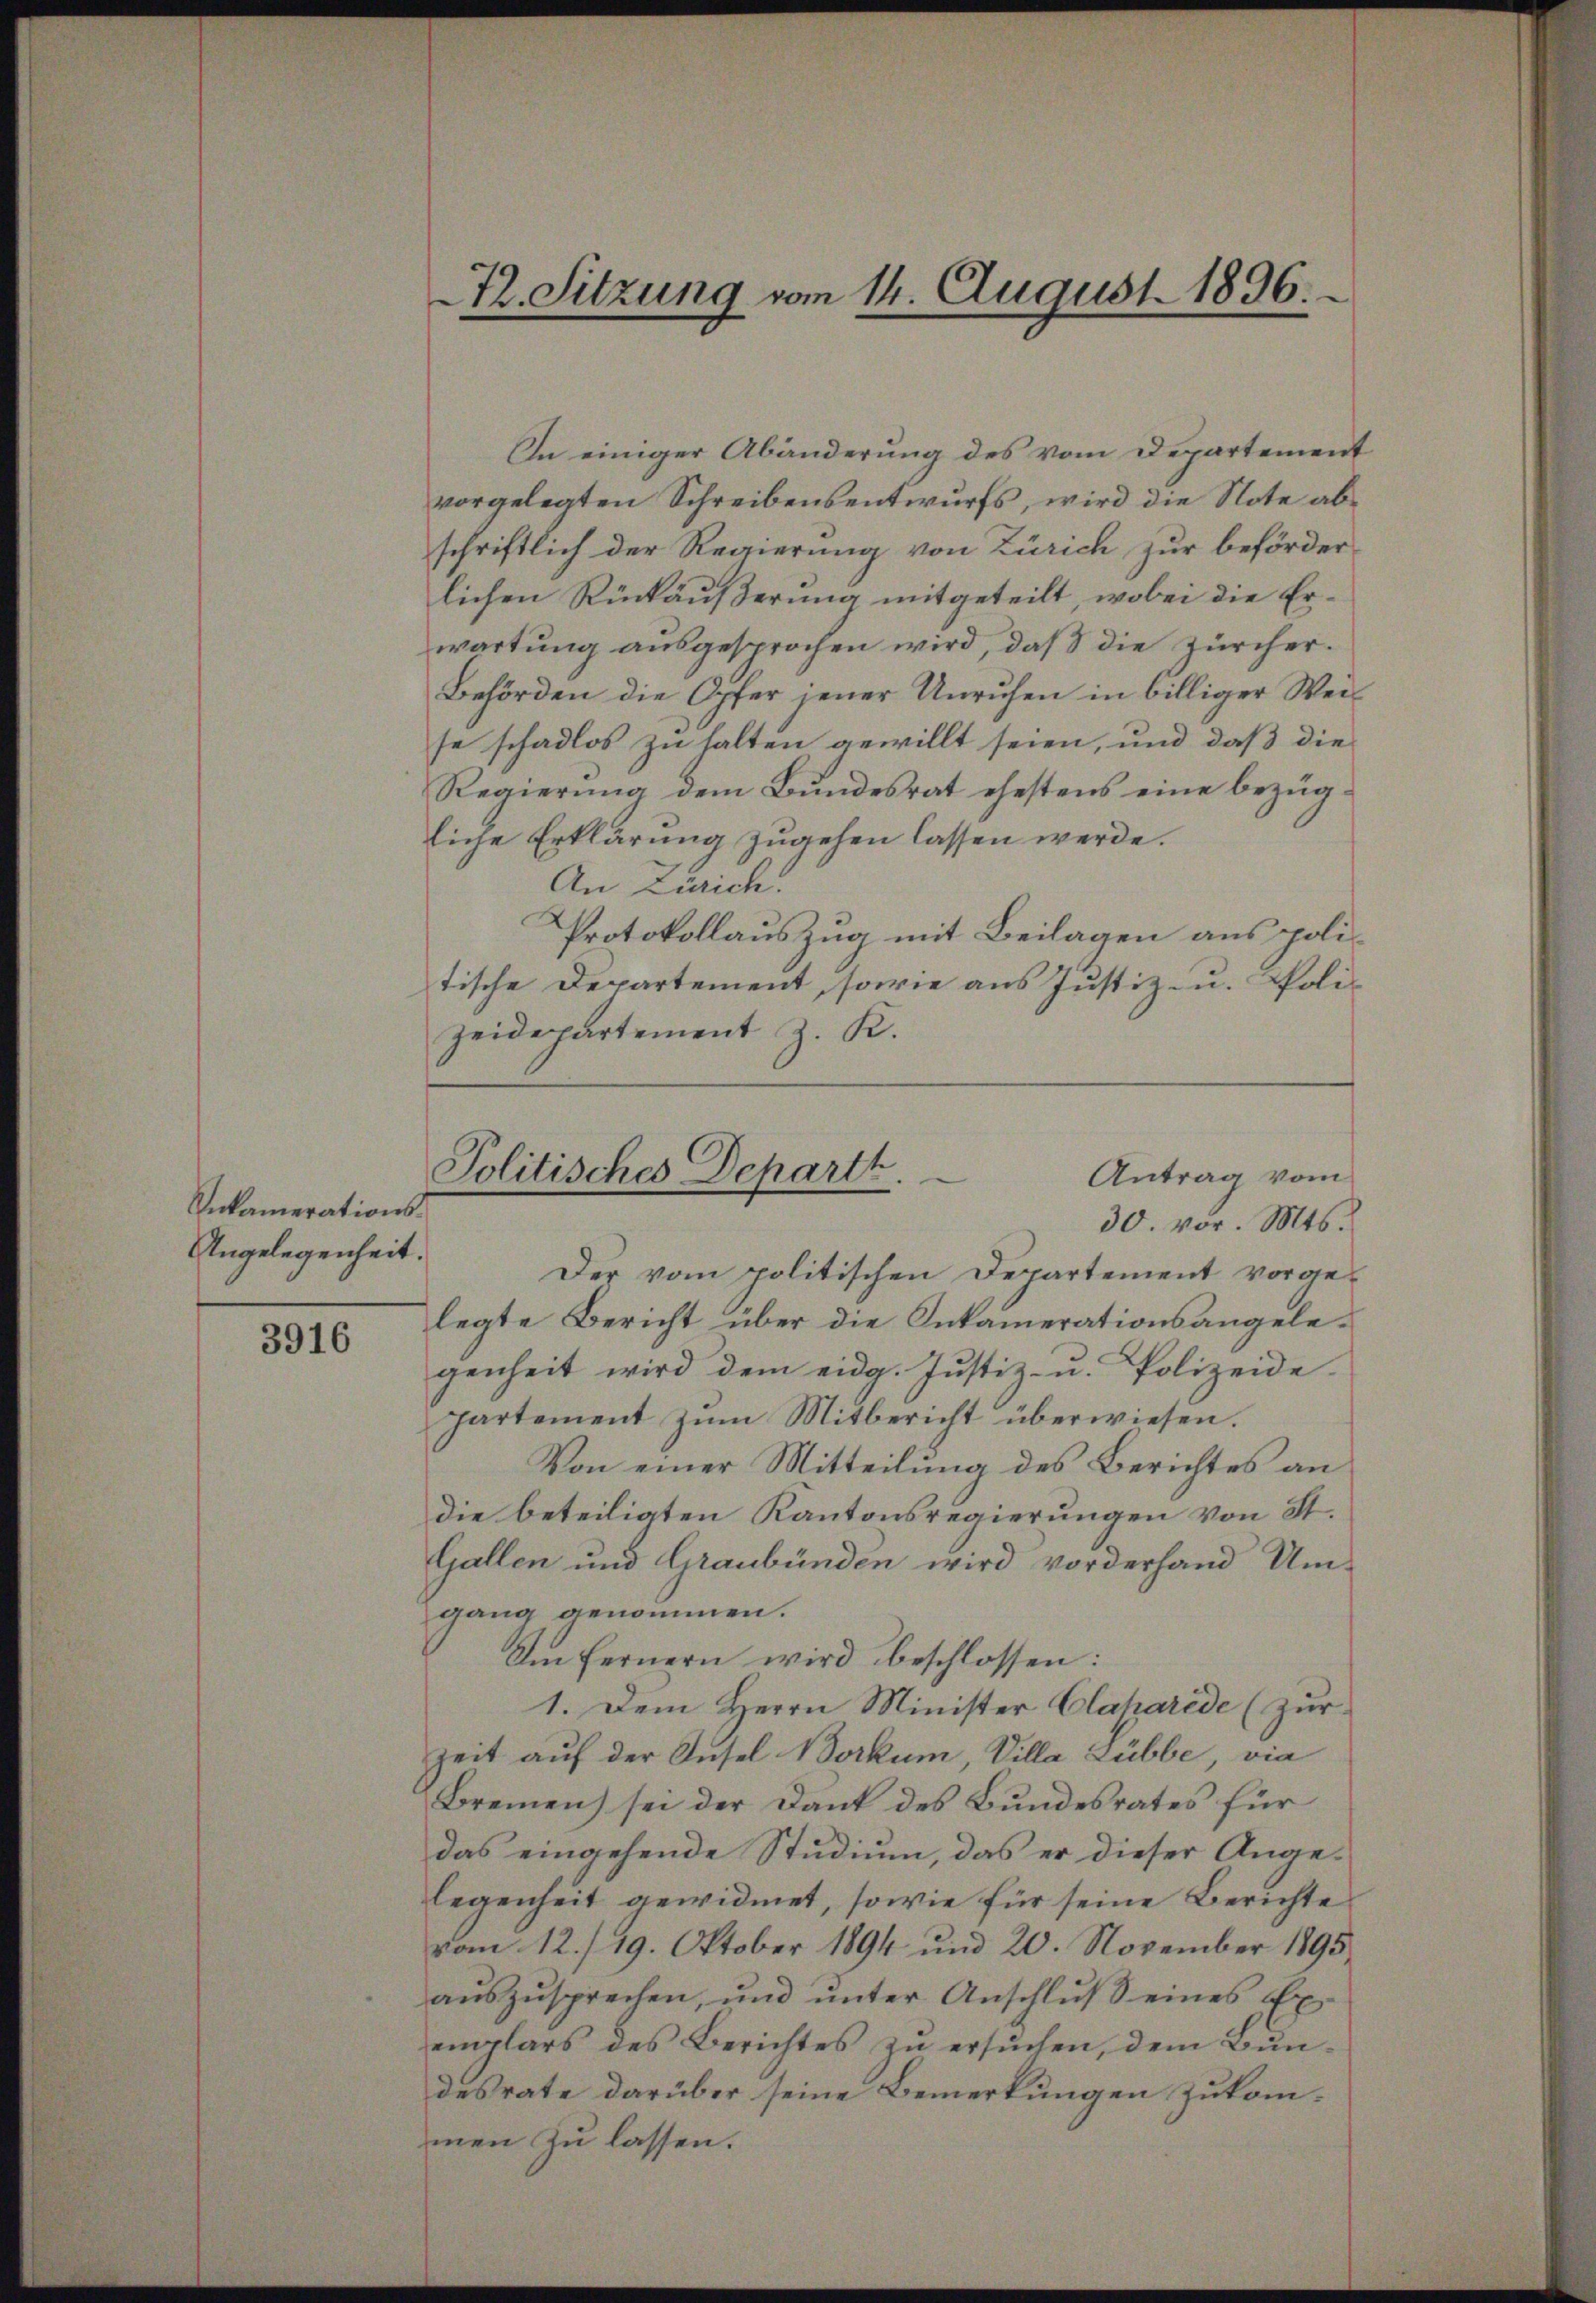
Snkamerations¬
Angelegenheit.

3916

In einiger Abänderung des vom Departement
vorgelegten Schreibensentwurfs, wird die Note abschriftlich der Regierung von Zürich zur beförder
lichen Rückäußerung mitgeteilt, wobei die Erwartung ausgesprochen wird, daß die Zürcher¬
Behörden die Opfer jener Unruhen in billiger Weis
se schadlos zu halten gewillt seien, und daß die
Regierung dem Bundesrat ehestens eine bezügliche Erklärung zugehen lassen werde.
An Zürich.
Protokollauszug mit Beilagen aus politische Departement, sowie aus Justiz u. Polizeidepartement z. K.

72. Sitzung vom 14. August 1896.

Politisches Departh.
Antrag vom
30. vor. Mts.

Der vom politischen Departement vorge-
legte Bericht über die Inkamerationsangelegenheit wird dem eidg. Justiz- u. Polizeide
partement zum Mitbericht überwiesen.
Von einer Mitteilung des Berichtes an
die beteiligten Kantonsregierungen von St.
Gallen und Graubünden wird vorderhand Um-
gang genommen.
Im fernern wird beschlossen:
1. Dem Herrn Minister Claharede (zur
Zeit auf der Ausel Borkum, Villa Lübbe, via
Bremen sei der Dank des Bundesrates für
das eingehende Studium, das er dieser Angelegenheit gewidmet, sowie für seine Berichte
vom 12./19. Oktober 1894 und 20. November 1895
aŭszŭsprechen, und ŭnter Anschlŭβ eines Ex-
emplars des Berichtes zu ersŭchen, dem Bundesrate darüber seine Bemerkungen zukommen zu lassen.